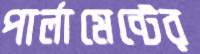
পার্লামেন্টের